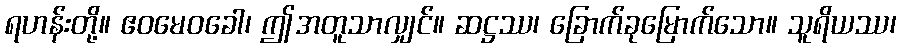
ရဟန်းတို့။ ဧဝမေဝခေါ၊ ဤအတူသာလျှင်။ ဆဋ္ဌဿ၊ ခြောက်ခုမြောက်သော။ သူရိယဿ၊